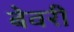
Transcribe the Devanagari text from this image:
बेवरी